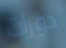
دورات